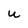
Character: U